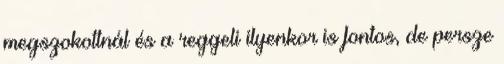
megszokottnál és a reggeli ilyenkor is fontos, de persze